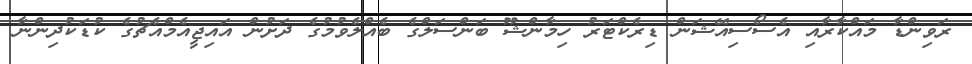
ރަވިންޑާާ މައްކާރާއި އެސޯސިއޭޝަން ޑިރެކްޓަރު ހިމާންޝޫ ބަންސަލްގެ ބެއްލެވުމުގެ ދަށުން އައިޖީއެމްއެޗުގެ ކުޑަކުދިންނާ